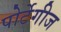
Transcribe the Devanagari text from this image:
पोर्टेगीज